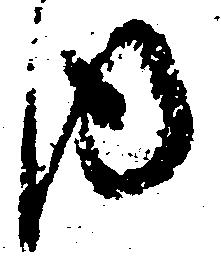
内